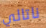
ناتالي